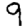
Digit: 9